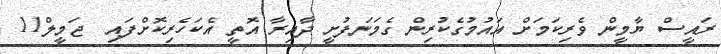
ރައީސް ޔާމީން ވެރިކަމަށް އައުމުގެކުރިން ގެމަނަފުށީ ދާއިރާ އޮތީ އެކަހެރިކޮށްފައި  ޖަމީލް11